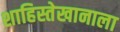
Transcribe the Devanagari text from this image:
शाहिस्तेखानाला